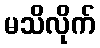
မသိလိုက်